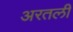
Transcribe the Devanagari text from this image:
अरतली